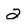
Character: 2